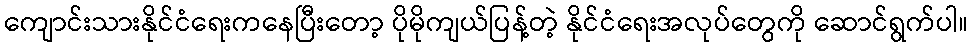
ကျောင်းသားနိုင်ငံရေးကနေပြီးတော့ ပိုမိုကျယ်ပြန့်တဲ့ နိုင်ငံရေးအလုပ်တွေကို ဆောင်ရွက်ပါ။